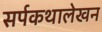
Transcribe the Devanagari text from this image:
सर्पकथालेखन